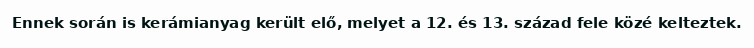
Ennek során is kerámianyag került elő, melyet a 12. és 13. század fele közé kelteztek.